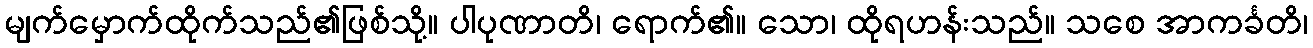
မျက်မှောက်ထိုက်သည်၏ဖြစ်သို့။ ပါပုဏာတိ၊ ရောက်၏။ သော၊ ထိုရဟန်းသည်။ သစေ အာကင်္ခတိ၊